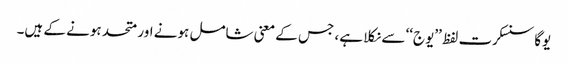
یوگا سنسکرت لفظ ’’یوج‘‘ سے نکلا ہے، جس کے معنی شامل ہونے اور متحد ہونے کے ہیں۔